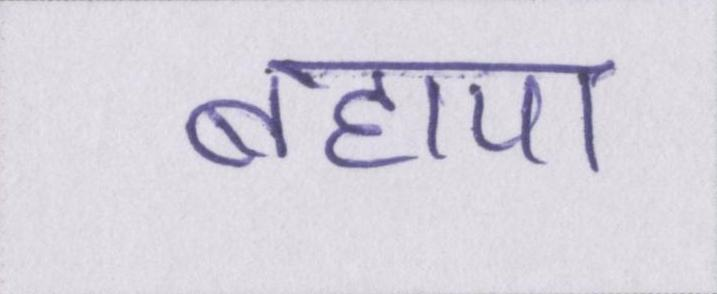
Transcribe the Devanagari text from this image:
बहाया